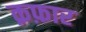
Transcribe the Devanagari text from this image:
क़फ़ार